Lunatic asylums Central Provinces reports 1874-1885 - 1874-1885
Year: 1874
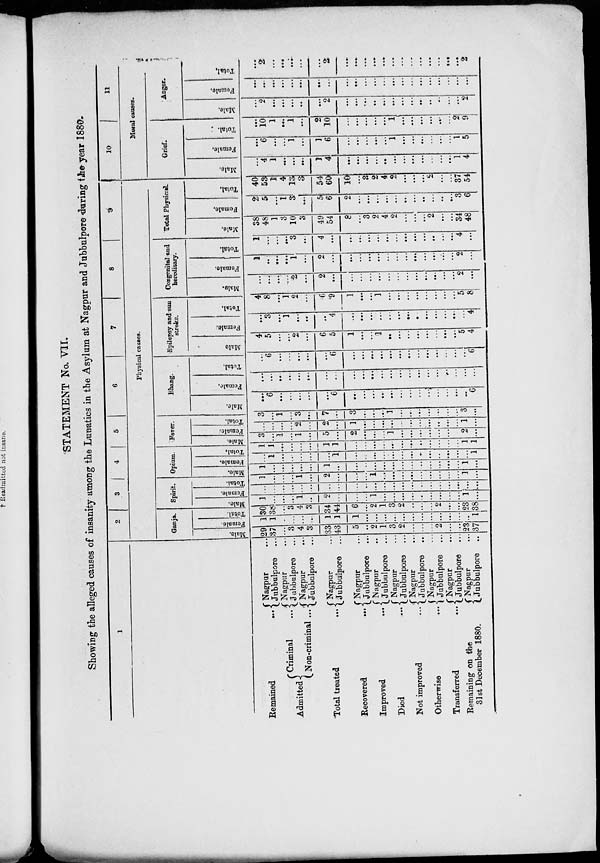
STATEMENT No. VII.
Showing the alleged causes of insanity among the Lunatics in the Asylum at Nagpur and Jubbulpore during the year 1880.
1
Remained
...
Admitted
Criminal
...
Non-criminal ...
Total treated ...
Recovered
...
Improved
...
Died ...
Not improved ...
Otherwise
...
Transferred
...
Remaining on the
31st December 1880.
Nagpur ...
Jubbulpore ...
Nagpur ...
Jubbulpore ...
Nagpur ...
Jubbulpore ...
Nagpur ...
Jubbulpore ...
Nagpur ...
Jubbulpore ...
Nagpur ...
Jubbulpore ...
Nagpur ...
Jubbulpore ...
Nagpur ...
Jubbulpore ...
Nagpur ...
Jubbulpore ...
Nagpur ...
Jubbulpore ...
Nagpur ...
Jubbulpore ...
2
3 4 5
6
7
8
9
Physical causes.
Ganja.
Male.
29
37
...
3
4
3
33
43
5
...
2
1
3
2
...
...
...
2
...
...
23
37
Female.
1
1
...
...
...
...
1
1
1
...
...
...
...
...
...
...
...
...
...
...
...
1
Total.
30
38
...
3
4
3
34
44
6
...
2
1
3
2
...
...
...
2
...
...
23
38
Spirit.
Male.
1
...
...
...
1
...
2
...
...
...
1
...
...
...
...
...
...
...
...
...
1
...
Female.
...
...
...
...
...
...
...
...
...
...
...
...
...
...
...
...
...
...
...
...
7
...
Total.
1
...
...
...
1
...
2
...
...
...
1
...
...
...
...
...
...
...
...
...
1
...
Opium.
Male.
1
...
...
...
...
...
1
...
...
...
...
...
...
...
...
...
...
...
...
...
1
...
Female.
...
1
...
...
...
...
...
1
...
...
...
...
...
...
...
...
...
...
...
...
...
1
Total.
1
1
...
...
...
...
1
1
...
...
...
...
...
...
...
...
...
...
...
...
1
1
Fever.
Male.
3
...
1
...
1
...
5
...
2
...
...
...
1
...
...
...
...
...
...
...
2
...
Female.
...
...
...
...
2
...
2
...
1
...
...
...
...
...
...
...
...
...
...
...
1
...
Total.
3
...
1
...
3
...
7
...
3
...
...
...
1
...
...
...
...
...
...
...
3
...
Bhang.
Male.
...
6
...
...
...
...
...
6
...
...
...
...
...
...
...
...
...
...
...
...
...
6
Female.
...
...
...
...
...
...
...
...
...
...
...
...
...
...
...
...
...
...
...
...
...
...
Total.
...
6
...
...
...
...
...
6
...
...
...
...
...
...
...
...
...
...
...
...
...
6
Epilepsy and sun
stroke.
Male.
4
5
...
...
2
...
6
5
1
...
...
1
...
...
...
...
...
...
...
...
5
4
Female.
...
3
...
1
...
...
...
4
...
...
...
...
...
...
...
...
...
...
...
...
...
4
Total.
4
8
...
1
2
...
6
9
1
...
...
1
...
...
...
...
...
...
...
...
5
8
Congenital and
hereditary.
Male.
...
...
...
...
2
...
2
...
...
...
...
...
...
...
...
...
...
...
...
...
2
...
Female.
1
...
...
...
1
...
2
...
...
...
...
...
...
...
...
...
...
...
...
...
2
...
Total.
1
...
...
...
3
...
4
...
...
...
...
...
...
...
...
...
...
...
...
...
4
...
Total Physical.
Male.
38
48
1
3
10
3
49
54
8
...
3
2
4
2
...
...
...
2
...
...
34
48
Female.
2
5
...
1
3
...
5
6
2
...
...
...
...
...
...
...
...
...
...
...
3
6
Total.
40
53
1
4
13
3
54
60
10
...
3
2
4
2
...
...
...
2
...
...
37
54
10
11
Moral causes.
Grief.
Male.
...
4
1
...
...
...
1
4
...
...
...
...
...
...
...
...
...
...
...
...
1
4
Female.
...
6
...
...
1
...
1
6
...
...
...
...
...
1
...
...
...
...
...
...
1
5
Total.
...
10
1
...
1
...
2
10
...
...
...
...
...
1
...
...
...
...
...
...
2
9
Anger.
Male.
...
2
...
...
...
...
...
2
...
...
...
...
...
...
...
...
...
...
...
...
...
2
Female.
...
...
...
...
...
...
...
...
...
...
...
...
...
...
...
...
...
...
...
...
...
...
Total.
...
2
...
...
...
...
...
2
...
...
...
...
...
...
...
...
...
...
...
...
...
2